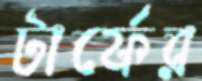
টার্ফের